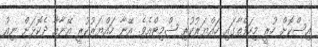
އިސްކޮށް ހުރީ މިހަފްތާގައި ހައްޔަރުކުރި ޝްމިޓްއެވެ. އޭނާ ހައްޔަރުކުރީ އޭނާއާ ދެކޮޅަށް ނިއު